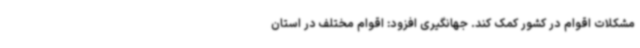
مشکلات اقوام در کشور کمک کند. جهانگیری افزود: اقوام مختلف در استان